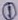
Text: 1